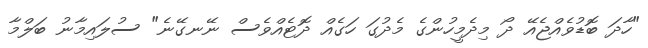
"ހާދަ ބޮޑުވެއްޖެއޭ ދޯ މިދެމީހުންގެ މެދުގަ ހަގެއް ދޮޓެއްވެސް ނޭނގޭނެ" ސުލައިމާނު ބަލްމާ